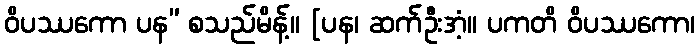
ဝိပဿကော ပန” စသည်မိန့်။ [ပန၊ ဆက်ဦးအံ့။ ပကတိ ဝိပဿကော၊